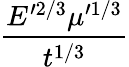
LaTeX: \frac{E^{\prime 2/3}\mu^{\prime 1/3}}{t^{1/3}}